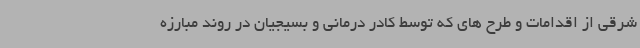
شرقی از اقدامات و طرح های که توسط کادر درمانی و بسیجیان در روند مبارزه